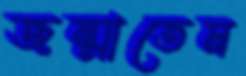
জন্মাতেম